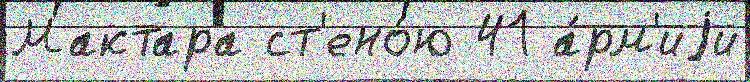
Мактара ст'ено́ю 41 а́рм'иjи